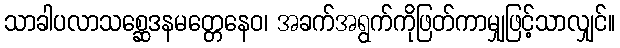
သာခါပလာသစ္ဆေဒနမတ္တေနေဝ၊ အခက်အရွက်ကိုဖြတ်ကာမျှဖြင့်သာလျှင်။